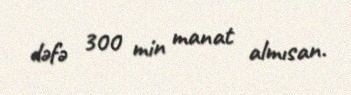
dəfə 300 min manat almısan.